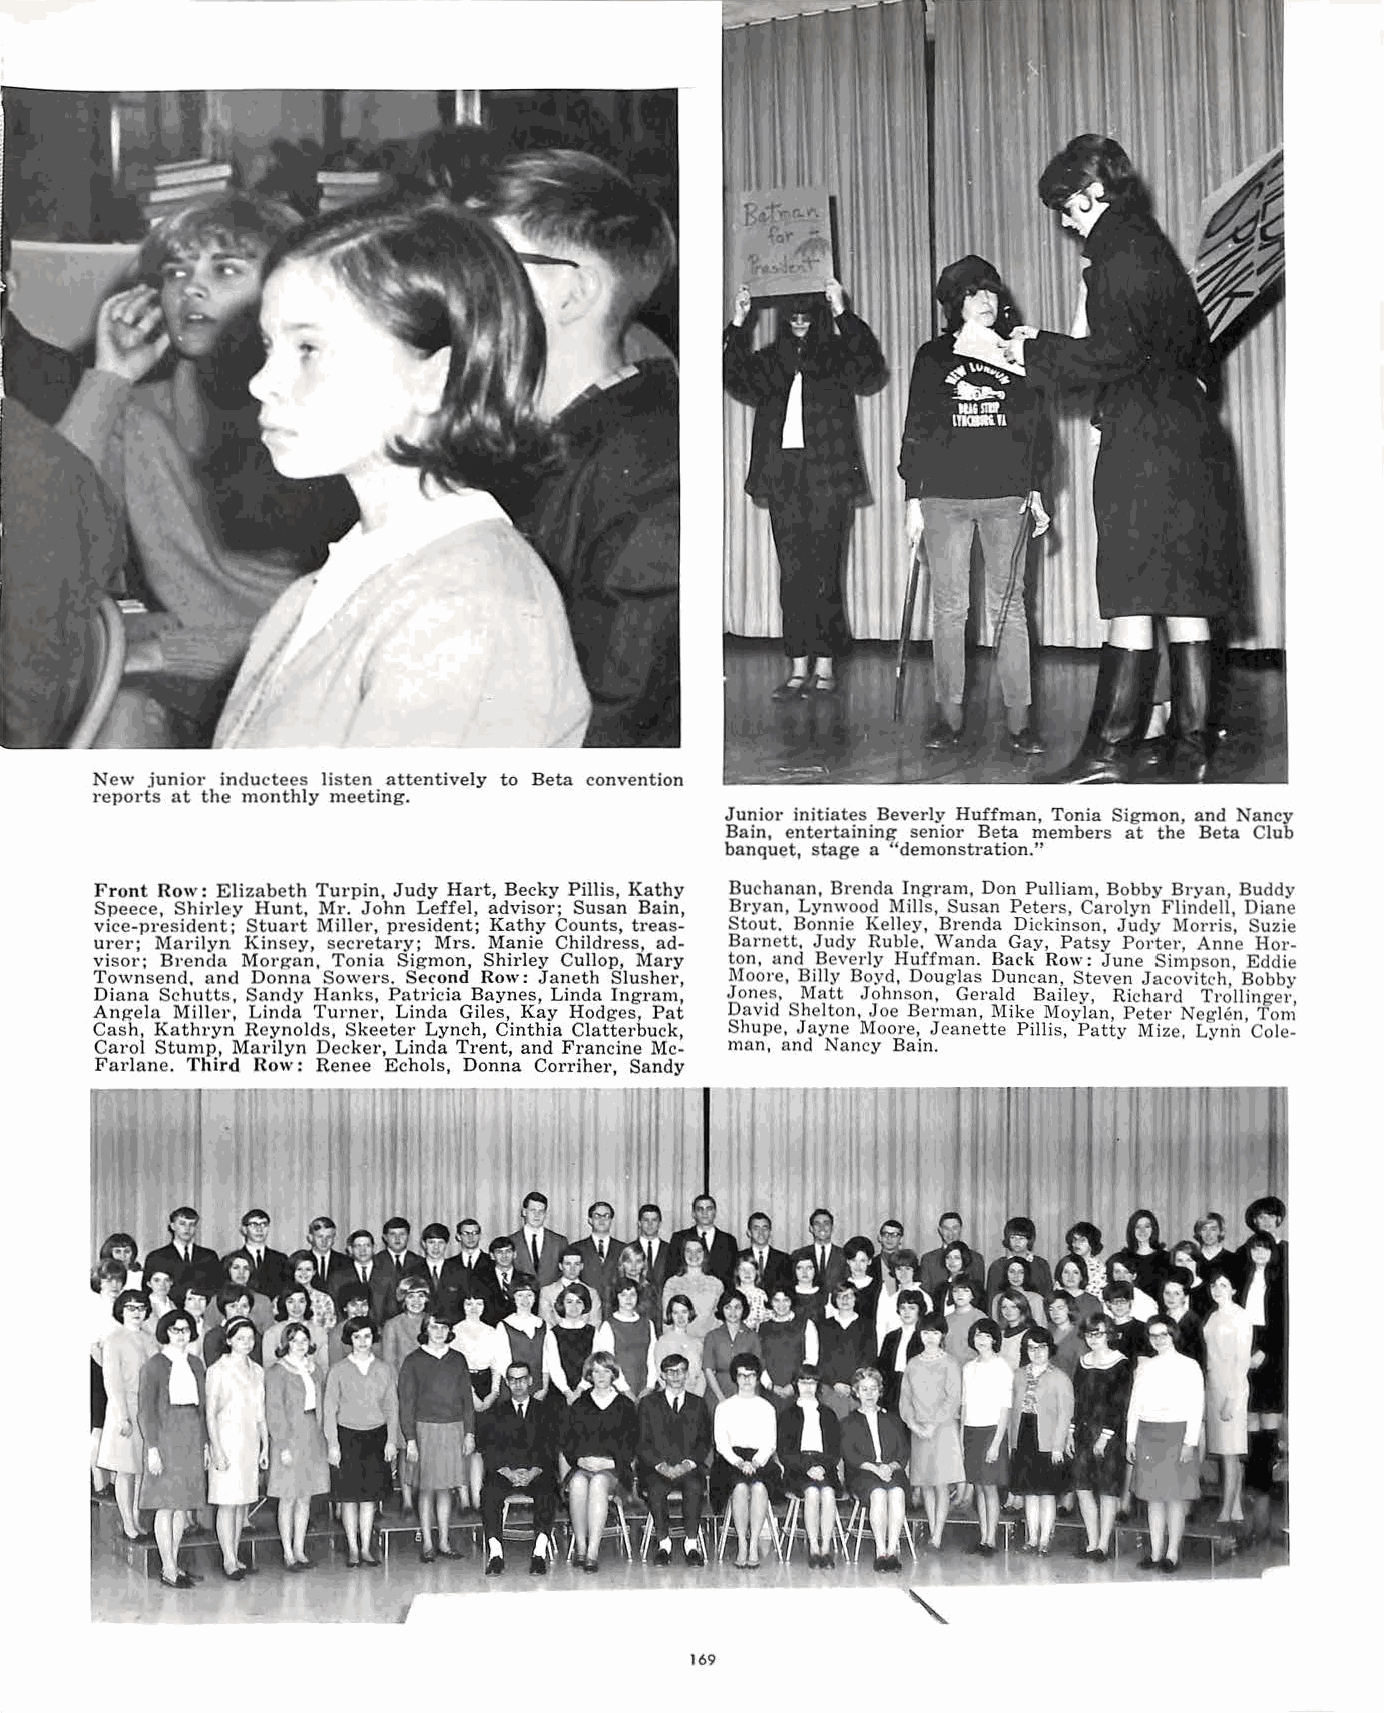
New junior inductees listen attentively to Beta convention
 reports at the monthly meeting.
 Junior initiates Beverly Huffman, Tonia Sigmon, and Nancy
 Bain, entertaining senior Beta members at the Beta Club
 banquet, stage a "demonstration."
 Front Row: Elizabeth Turpin, Judy Hart, Becky Pillis, Kathy Buchanan, Brenda Ingram, Don Pulliam, Bobby Bryan, Buddy
 Speece, Shirley Hunt, Mr. John Leffel, advisor; Susan Bain, Bryan, Lynwood Mills, Susan Peters, Carolyn Flindell, Diane
 vice-president; Stuart Miller, president; Kathy Counts, treas Stout. Bonnie Kelley, Brenda Dickinson, Judy Morris, Suzie
 urer; Marilyn Kinsey, secretary; Mrs. Manie Childress, ad Barnett, Judy Ruble. Wanda Gay, Patsy Porter, Anne Hor
 visor; Brenda Morgan, Tonia Sigmon, Shirley Cullop, Mary ton, and .Beverly Huffman. Back Row: June Simpson, Eddie
 Townsend, and Donna So·.vers. Second Row: Janeth Slusher, Moore, Billy Boyd, Douglas Duncan, Steven Jacovitch, Bobby
 Diana Schutts, Sandy Hanks, Patricia Baynes, Linda Ingram, Jonc:s. Matt ,Johnson, Gerald Bailey, Richard Trollinger,
 Angela Miller, Linda Turner, Linda Giles, Kay Hodges, Pat David Shelton, Joe Berman, Mike Moylan, Peter Neglen, Tom
 Cash, Kathryn Reynolds, Skeeter Lynch, Cinthia Clatterbuck, Shupe, Jayne Moore, Jeanette Pillis, Patty Mize. Lynh Cole
 Carol Stump, Marilyn Decker, Linda Trent, and Francine Mc man, and Nancy Bain.
 Farlane. Third Row: Renee Echols, Donna Corriher, Sandy
 169